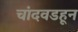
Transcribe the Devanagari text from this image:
चांदवडहून